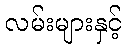
လမ်းများနှင့်